Report of cholera committee
Disease focus: Cholera
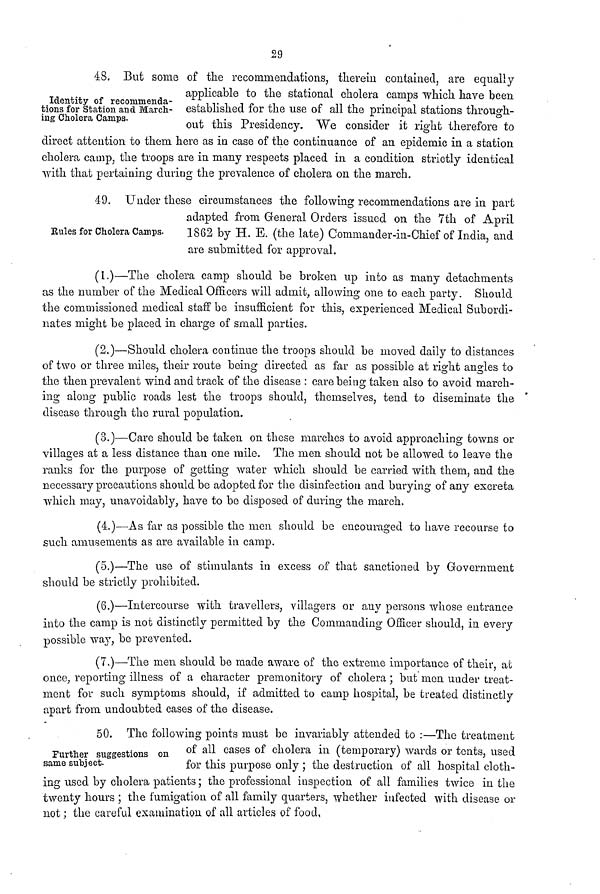
29
Identity of recommenda-
tions for Station and March-
ing Cholera Camps.
48. But some of the recommendations, therein contained, are equally
applicable to the stational cholera camps which have been
established for the use of all the principal stations through-
out this Presidency. We consider it right therefore to
direct attention to them here as in case of the continuance of an epidemic in a station
cholera camp, the troops are in many respects placed in a condition strictly identical
with that pertaining during the prevalence of cholera on the march.
Rules for Cholera Camps.
49. Under these circumstances the following recommendations are in part
adapted from General Orders issued on the 7th of April
1862 by H. E. (the late) Commander-in-Chief of India, and
are submitted for approval.
(1.)—The cholera camp should be broken up into as many detachments
as the number of the Medical Officers will admit, allowing one to each party. Should
the commissioned medical staff be insufficient for this, experienced Medical Subordi-
nates might be placed in charge of small parties.
(2.)—Should cholera continue the troops should be moved daily to distances
of two or three miles, their route being directed as far as possible at right angles to
the then prevalent wind and track of the disease : care being taken also to avoid march-
ing along public roads lest the troops should, themselves, tend to diseminate the
disease through the rural population.
(3.)—Care should be taken on these marches to avoid approaching towns or
villages at a less distance than one mile. The men should not be allowed to leave the
ranks for the purpose of getting water which should be carried with them, and the
necessary precautions should be adopted for the disinfection and burying of any excreta
which may, unavoidably, have to be disposed of during the march.
(4.)—As far as possible the men should be encouraged to have recourse to
such amusements as are available in camp.
(5.)—The use of stimulants in excess of that sanctioned by Government
should be strictly prohibited.
(6.)—Intercourse with travellers, villagers or any persons whose entrance
into the camp is not distinctly permitted by the Commanding Officer should, in every
possible way, be prevented.
(7,)—The men should be made aware of the extreme importance of their, at
once, reporting illness of a character premonitory of cholera; but men under treat-
ment for such symptoms should, if admitted to camp hospital, be treated distinctly
apart from undoubted cases of the disease.
Further suggestions on
same subject.
50. The following points must be invariably attended to :—The treatment
of all cases of cholera in (temporary) wards or tents, used
for this purpose only ; the destruction of all hospital cloth-
ing used by cholera patients; the professional inspection of all families twice in the
twenty hours ; the fumigation of all family quarters, whether infected with disease or
not; the careful examination of all articles of food,